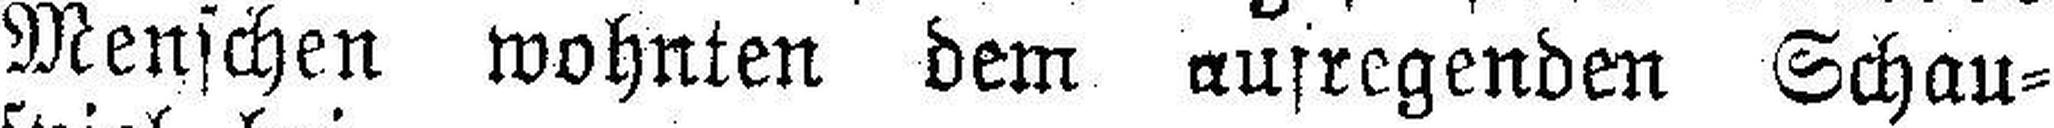
Menschen wohnten dem aufregenden Schau¬